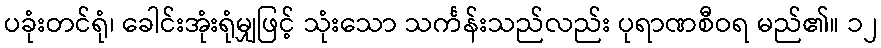
ပခုံးတင်ရုံ၊ ခေါင်းအုံးရုံမျှဖြင့် သုံးသော သင်္ကန်းသည်လည်း ပုရာဏစီဝရ မည်၏။ ၁၂